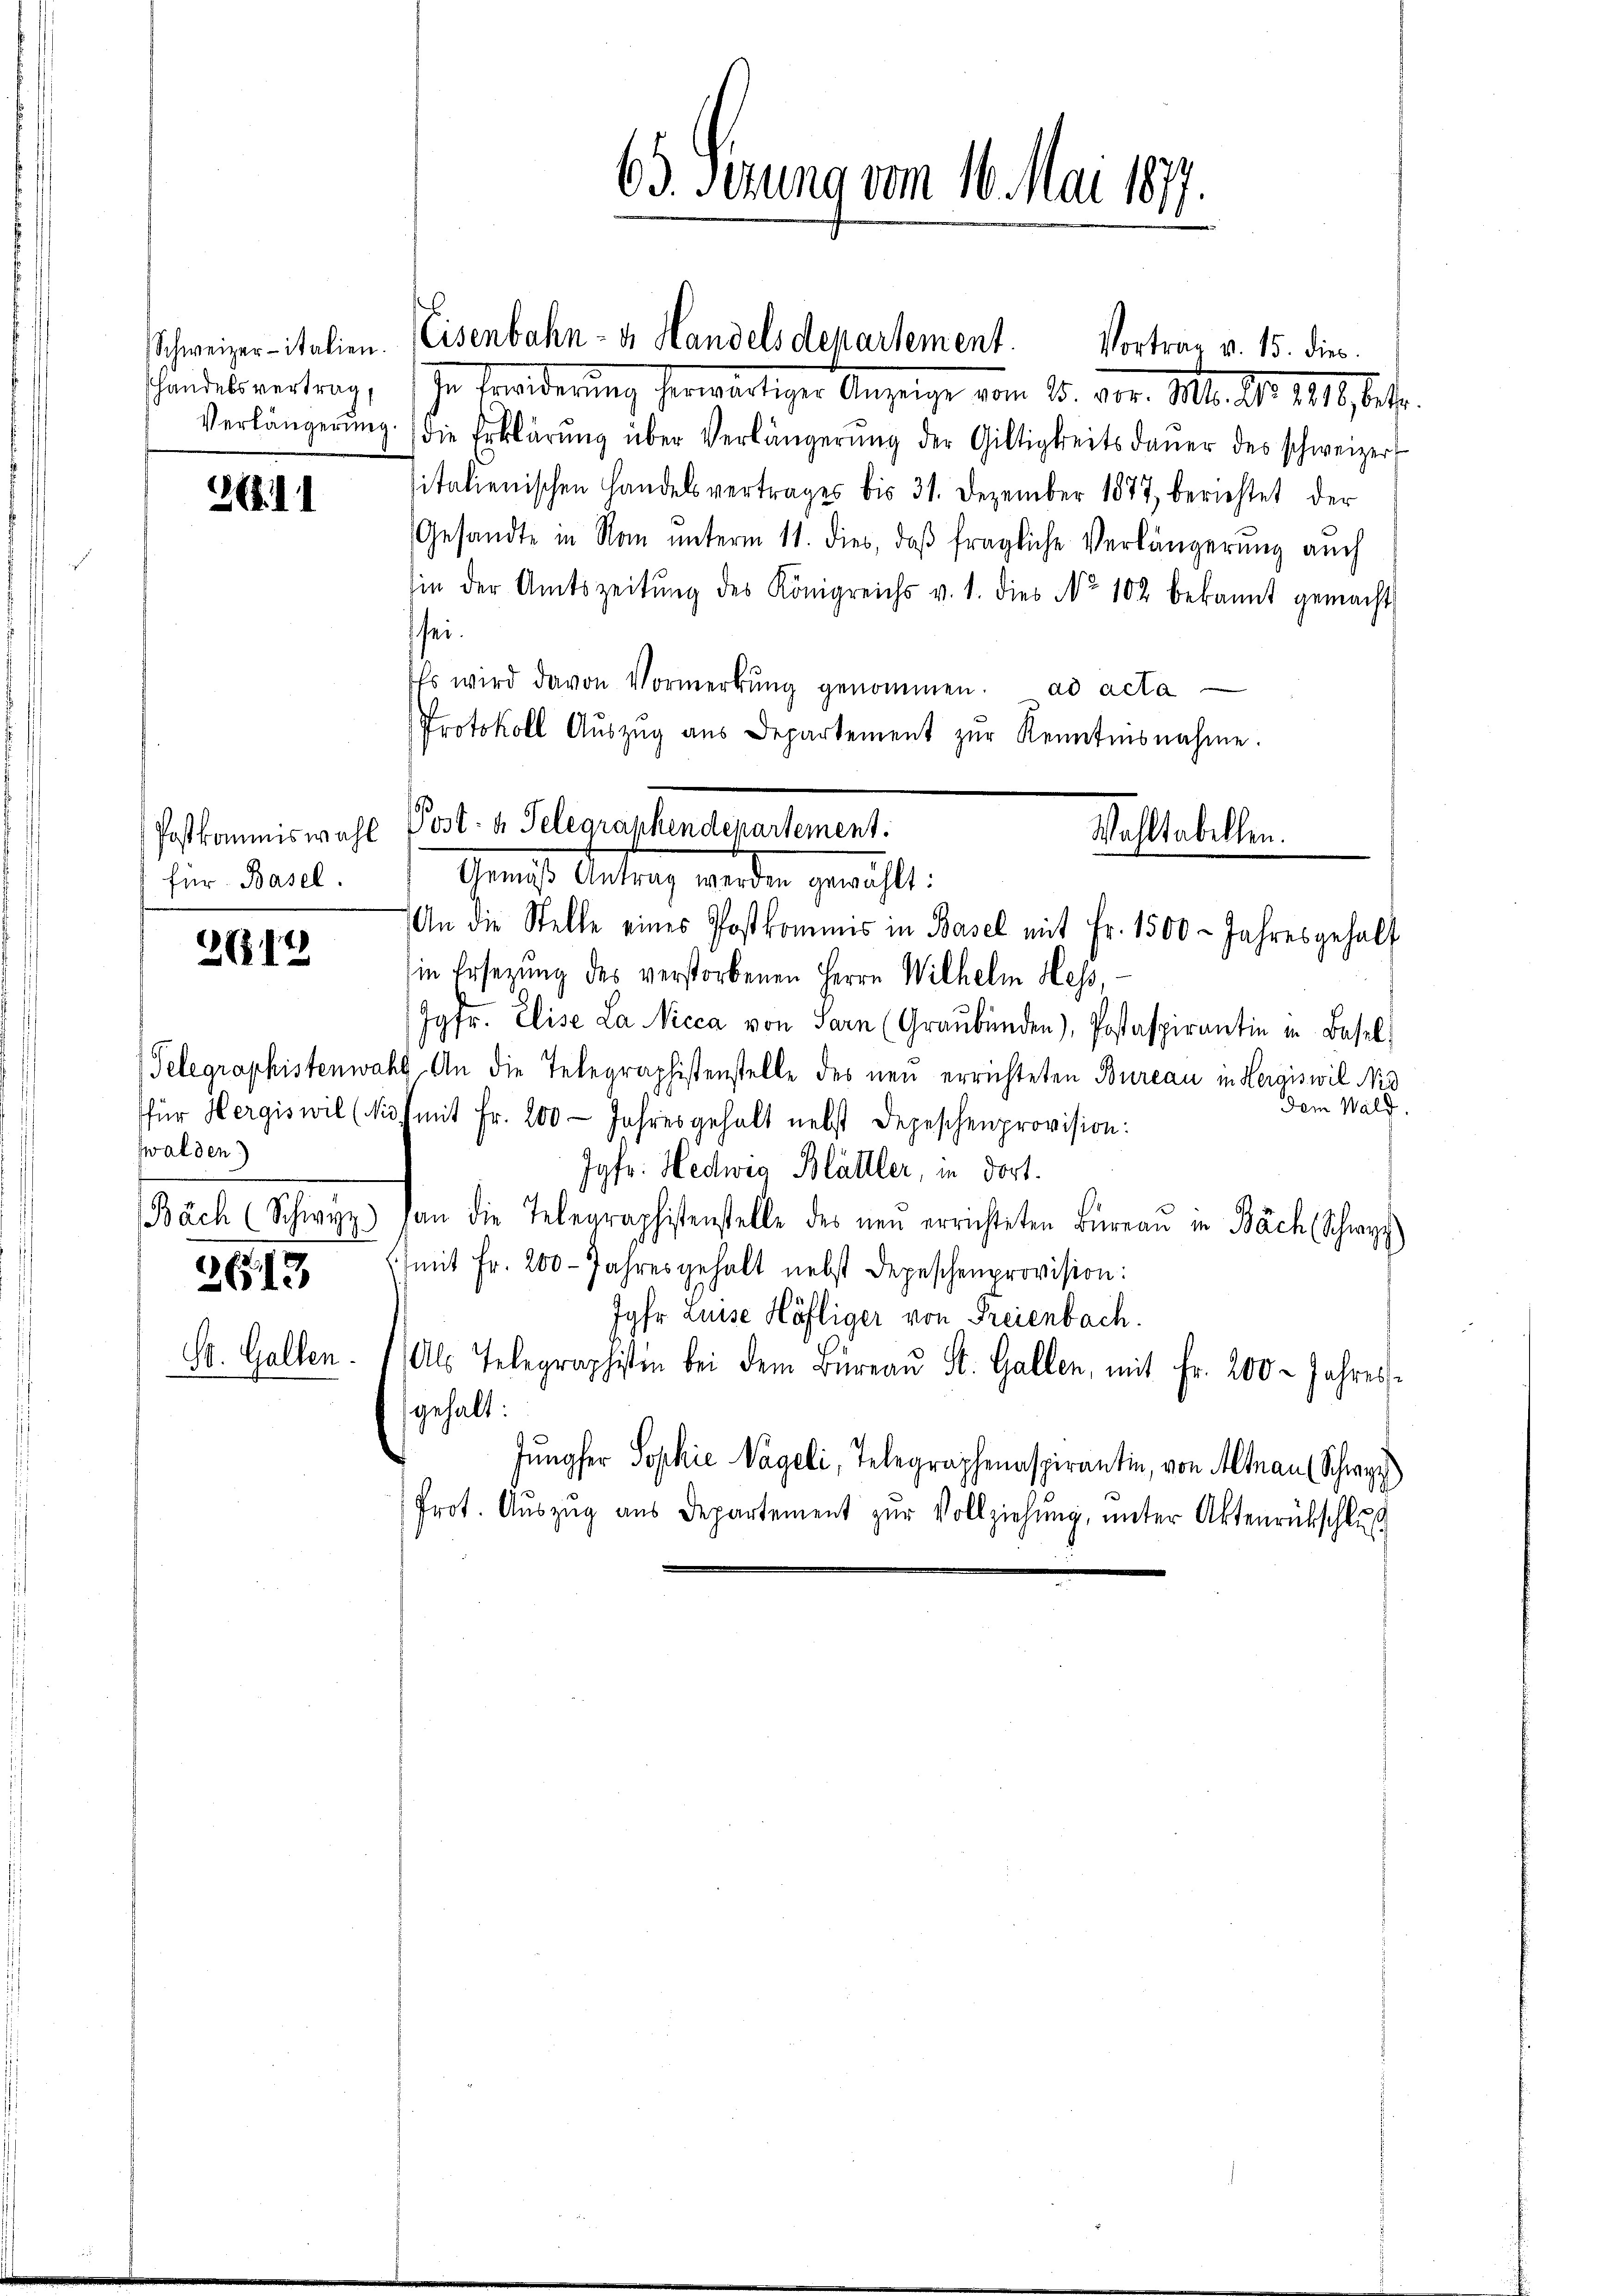
handelsvertrag,

261

für Basel.

212

zwalden)

2613

St. Gallen.

in Ersezung des verstorbenen Herrn Wilhelm Hess,
Jgfr. Elise La. Nicca von Sarn (Graubünden), Postaspirantin in Basel,
Telegraphistenwahl, An die Telegraphistenstelle des neu errichteten Bureau in Heraiswil Nie
Dem Wald.
für Hergiswil (Mit mit Fr. 200 Jahresgehalt nebst Depeschenprovision:
Jgfr. Hedwig Blättler, in dort.
Bäch (Schwyz) an die Telegraphistenstelle des neu errichteten Büreau in Bäch (Schwyz
(mit Fr. 200 Jahresgehalt nebst Depeschenprovision:
Jyfr Luise Höfliger von Freienbach.
Als Telegraphistin bei dem Büreaŭ St. Gallen, mit Fr. 200 - Jahres
gehalt:
Jungfer Sophie Nägeli, Telegraphenaspirantin, von Altnau (Schwyz)
Prot. Aŭszŭg aŭs Departement zŭr Vollziehŭng ŭnter Aktenrückschlŭβ

63. Sitzung vom 16. Mai 1877.
8

Ie Branderung herwärtiger Anzeige     15. vor. Mts. S. 1219 f.
Verlängerŭng die Erklärŭng über Verlängerŭng der Giltigkeitsdaŭer des schweizer
sitalienischen Handelsvertrages bis 31. Dezember 1877, berichtet der
Gesandte in Nan unterm 11. dies, daß fragliche Verlängerung auch
sin der Amtszeitŭng des Königreichs v. 1. dies No 102 bekannt gemacht
sei¬
Es wird davon Vormerkŭng genommen. ad acta
Protokoll Aŭszŭg aŭs Departement zŭr Renntnisnahme.

Schweizer- italien. Eisenbahn- u. Handelsdepartement. Vortrag v. 15. dies

Postkommiswahl Post- u. Telegraphendepartement.
Wohltabellen.
Gericht Antrag werden gewählt:
An die Stelle eines Postkommis in Basel mit Fr. 1500 - Jahresgehalt